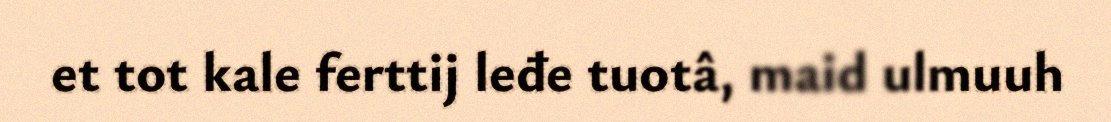
et tot kale ferttij leđe tuotâ, maid ulmuuh